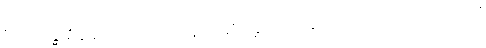
“မဟာဂန္ဓာရုံဆရာတော်ဘုရား နောက်ဆုံး ညွှန်ကြားသွားသည့် သံဝေဂတရားတော်”